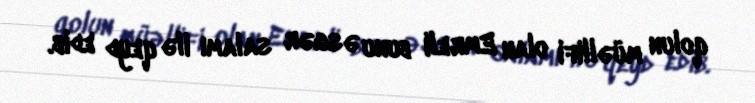
qolun müəllifi olan Emreli bunu əsgər salamı ilə qeyd edib.